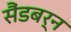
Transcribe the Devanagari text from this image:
सैंडबर्न